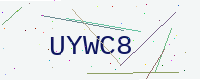
Text: UYWC8